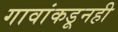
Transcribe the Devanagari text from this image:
गावांकडूनही